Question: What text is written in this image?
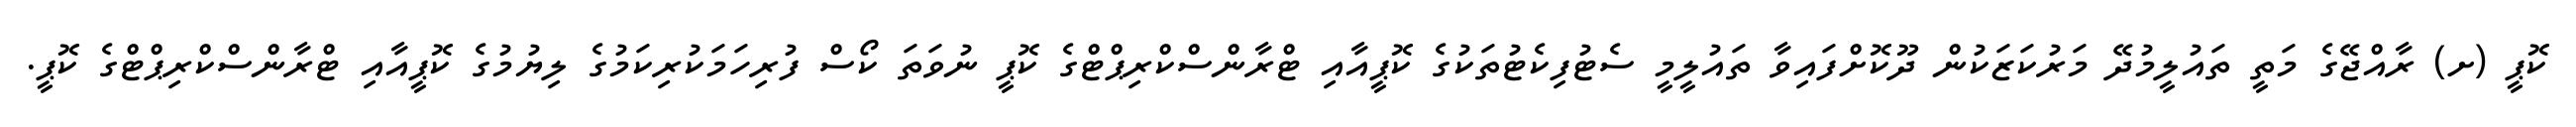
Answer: ކޮޕީ (ށ) ރާއްޖޭގެ މަތީ ތައުލީމުދޭ މަރުކަޒަކުން ދޫކޮށްފައިވާ ތައުލީމީ ސެޓުފިކެޓުތަކުގެ ކޮޕީއާއި ޓްރާންސްކްރިޕްޓްގެ ކޮޕީ ނުވަތަ ކޯސް ފުރިހަމަކުރިކަމުގެ ލިޔުމުގެ ކޮޕީއާއި ޓްރާންސްކްރިޕްޓްގެ ކޮޕީ.